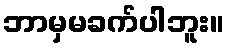
ဘာမှမခက်ပါဘူး။